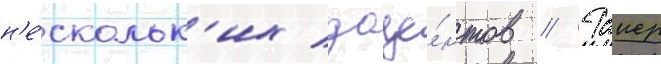
н'е́скольк'их доце́нтов // Таиер